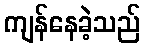
ကျန်နေခဲ့သည်